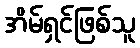
အိမ်ရှင်ဖြစ်သူ